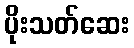
ပိုးသတ်ဆေး